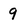
Character: 9